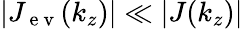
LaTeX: |J_{\mathrm{~e~v~}}(k_{z})|\ll|J(k_{z})|